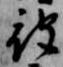
被